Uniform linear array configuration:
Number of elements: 12
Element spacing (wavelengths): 0.25
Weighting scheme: hann
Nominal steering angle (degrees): -60
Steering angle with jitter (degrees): -60.932
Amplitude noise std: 0.05
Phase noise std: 0.05

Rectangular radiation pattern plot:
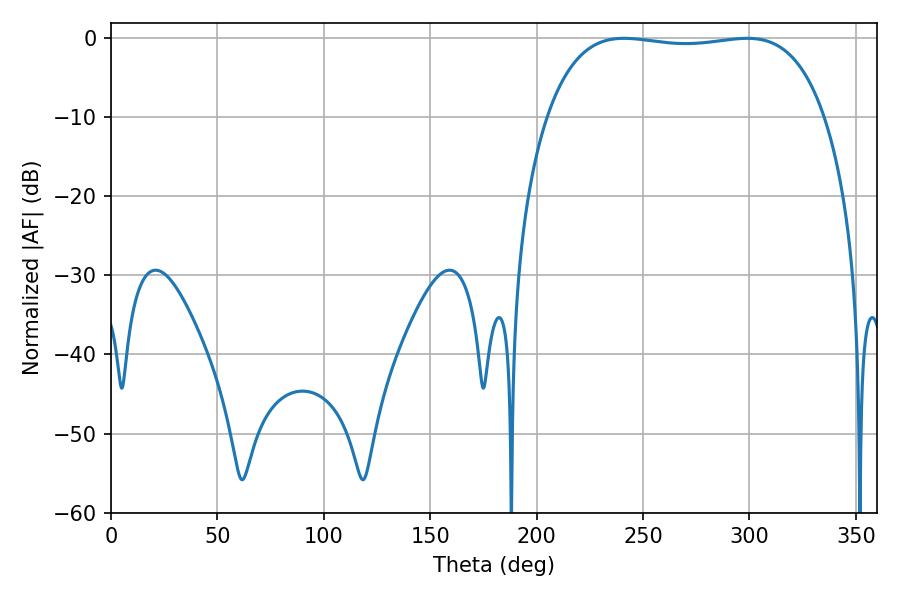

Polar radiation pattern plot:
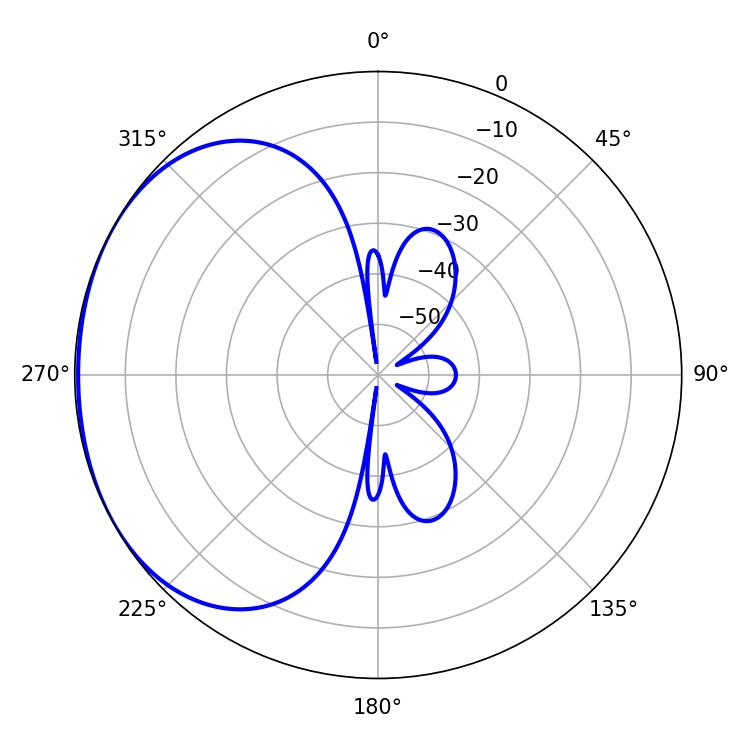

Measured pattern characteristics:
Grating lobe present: FALSE
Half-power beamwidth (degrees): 104.04
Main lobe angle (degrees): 241.02